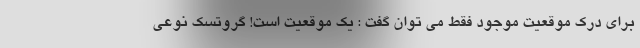
برای درک موقعیت موجود فقط می توان گفت : یک موقعیت است! گروتِسک نوعی